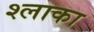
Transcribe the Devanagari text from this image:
श्लाका